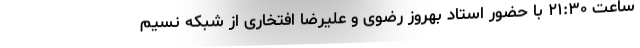
ساعت ٢١:٣٠ با حضور استاد بهروز رضوی و علیرضا افتخاری از شبکه نسیم